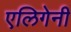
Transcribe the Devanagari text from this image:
एलिगेनी